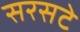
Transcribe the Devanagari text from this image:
सरसटे